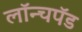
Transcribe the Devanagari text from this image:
लॉन्चपॅड